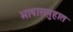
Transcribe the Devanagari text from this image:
भाषासमुहात